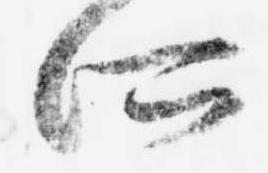
所